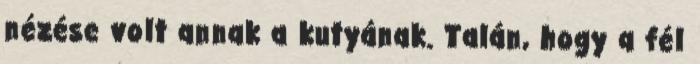
nézése volt annak a kutyának. Talán, hogy a fél